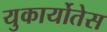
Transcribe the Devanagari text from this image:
युकार्योतेस